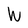
Character: W